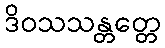
ဒိဝသသန္တတ္တေ